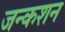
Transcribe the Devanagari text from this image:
जन्कशन